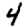
Digit: 4